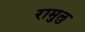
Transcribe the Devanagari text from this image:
रामुलु